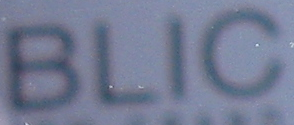
BLIC